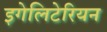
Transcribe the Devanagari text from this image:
इगेलिटेरियन